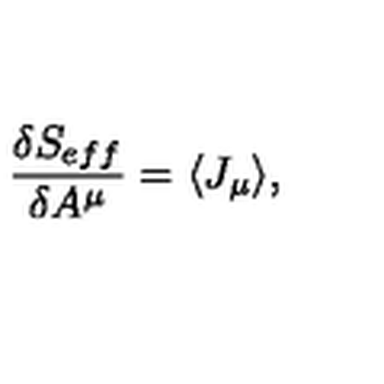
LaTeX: \frac { \delta S _ { e f f } } { \delta A ^ { \mu } } = \langle J _ { \mu } \rangle ,